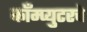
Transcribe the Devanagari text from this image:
काँम्प्युटरचे